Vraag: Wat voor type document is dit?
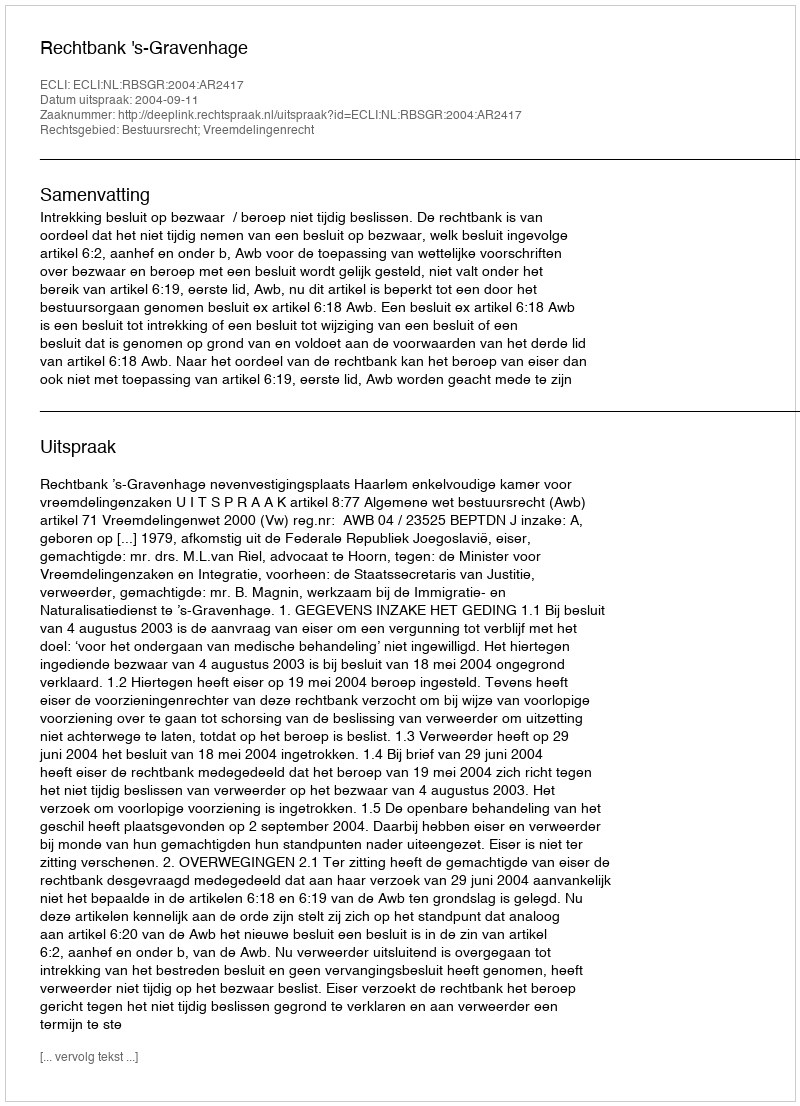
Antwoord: Uitspraak